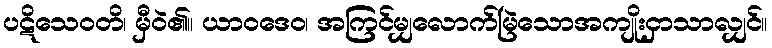
ပဋိသေဝတိ၊ မှီဝဲ၏။ ယာဝဒေဝ၊ အကြင်မျှလောက်မြဲသောအကျိုးငှာသာလျှင်။